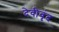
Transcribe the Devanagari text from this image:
देवीवृंद